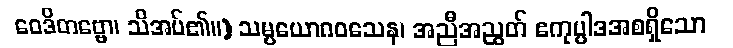
ဝေဒိတဗ္ဗော၊ သိအပ်၏။) သမ္ပယောဂဝသေန၊ အညီအညွတ် ဧကုပ္ပါဒအစရှိသော